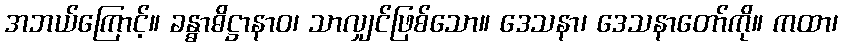
အဘယ်ကြောင့်။ ခန္ဓာဓိဋ္ဌာနာဝ၊ သာလျှင်ဖြစ်သော။ ဒေသနာ၊ ဒေသနာတော်ကို။ ကထာ၊